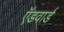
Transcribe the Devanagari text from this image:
ऍडवार्ड